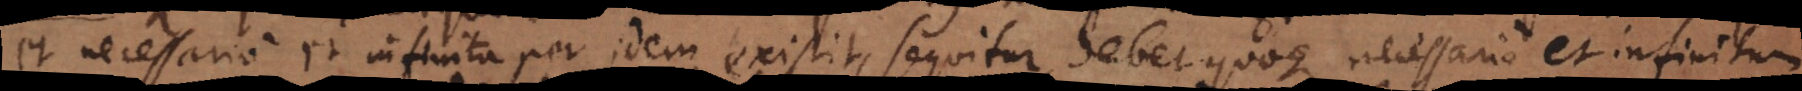
et necessario et infinita per idem existit, sequitur, debet quoque necessario et infinitum